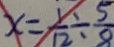
x = \frac { 1 } { 1 2 } \div \frac { 5 } { 8 }